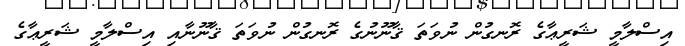
އިސްލާމީ ޝަރީޢާގެ ރޮނގުން ނުވަތަ ޤާނޫނުގެ ރޮނގުން ނުވަތަ ޤާނޫނާއި އިސްލާމީ ޝަރީޢާގެ